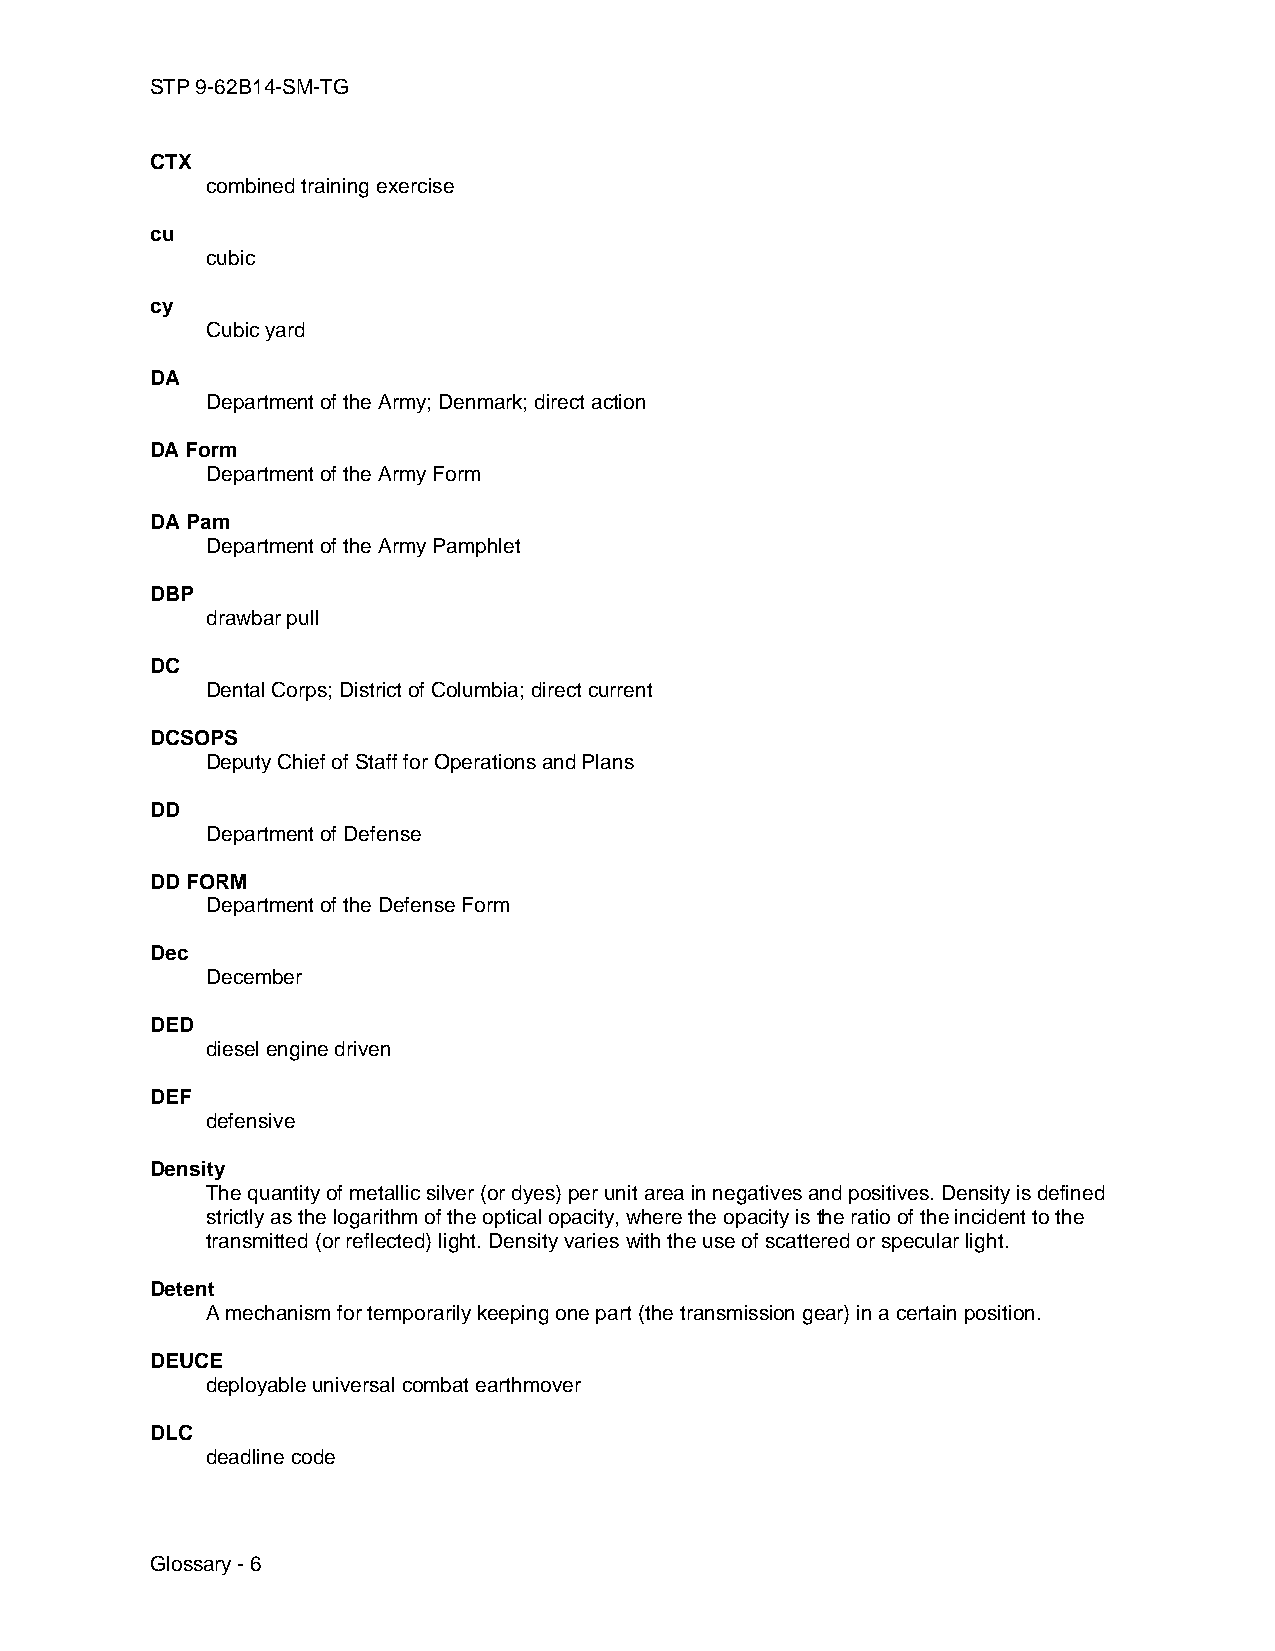
STP 9-62B14-SM-TG
 CTX
 combined training exercise
 cu
 cubic
 cy
 Cubic yard
 DA
 Department of the Army; Denmark; direct action
 DA Form
 Department of the Army Form
 DA Pam
 Department of the Army Pamphlet
 DBP
 drawbar pull
 DC
 Dental Corps; District of Columbia; direct current
 DCSOPS
 Deputy Chief of Staff for Operations and Plans
 DD
 Department of Defense
 DD FORM
 Department of the Defense Form
 Dec
 December
 DED
 diesel engine driven
 DEF
 defensive
 Density
 The quantity of metallic silver (or dyes) per unit area in negatives and positives. Density is defined
 strictly as the logarithm of the optical opacity, where the opacity is the ratio of the incident to the
 transmitted (or reflected) light. Density varies with the use of scattered or specular light.
 Detent
 A mechanism for temporarily keeping one part (the transmission gear) in a certain position.
 DEUCE
 deployable universal combat earthmover
 DLC
 deadline code
 Glossary - 6